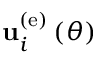
{ \bf u } _ { i } ^ { \left( \mathrm { e } \right) } \left( \theta \right)